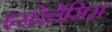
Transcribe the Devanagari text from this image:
इसरेलेंसिस